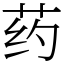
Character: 药